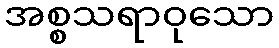
အစ္စသရာဝုသော